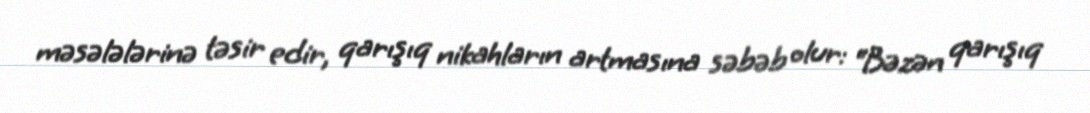
məsələlərinə təsir edir, qarışıq nikahların artmasına səbəb olur: “Bəzən qarışıq